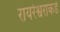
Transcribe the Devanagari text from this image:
रायरेश्वराकडे